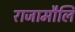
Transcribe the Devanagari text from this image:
राजामौलि